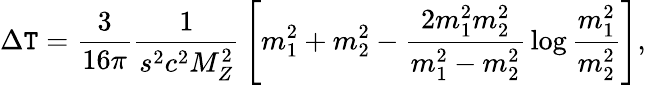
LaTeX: \Delta\mathtt{T}={\frac{{3}}{{16\pi}}}{\frac{{1}}{{s^{2}c^{2}M_{Z}^{2}}}}\left[m_{1}^{2}+m_{2}^{2}-{\frac{{2m_{1}^{2}m_{2}^{2}}}{{m_{1}^{2}-m_{2}^{2}}}}\log{\frac{{m_{1}^{2}}}{{m_{2}^{2}}}}\right],